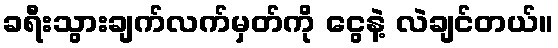
ခရီးသွားချက်လက်မှတ်ကို ငွေနဲ့ လဲချင်တယ်။